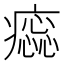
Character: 𤺫